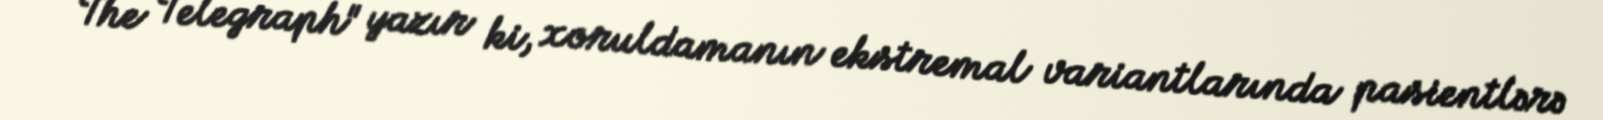
The Telegraph" yazır ki, xoruldamanın ekstremal variantlarında pasientlərə